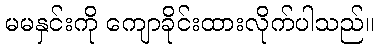
မမနှင်းကို ကျောခိုင်းထားလိုက်ပါသည်။